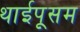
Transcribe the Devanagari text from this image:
थाईपूसम